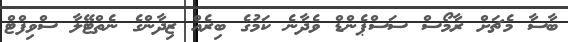
ބާސާ މެޗަށް ރާމޯސް ސަސްޕެންޑް ވެދާނެ ކަމުގެ ބިރެއް ޒިދާންގެ ނެތްޓޭލާ ސްވިފްޓް